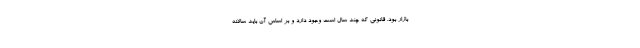
بازار بود. قانونی که چند سال است وجود دارد و بر اساس آن باید سالانه